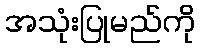
အသုံးပြုမည်ကို